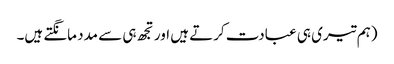
(ہم تیری ہی عبادت کرتے ہیں اور تجھ ہی سے مدد مانگتے ہیں۔